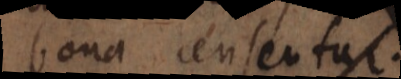
bona censentur.